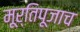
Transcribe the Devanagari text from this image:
मूर्तिपूजाच